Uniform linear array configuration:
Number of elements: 16
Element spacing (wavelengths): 0.25
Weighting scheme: hamming
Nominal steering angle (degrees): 60
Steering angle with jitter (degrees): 61.622
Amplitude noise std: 0.05
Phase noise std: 0.05

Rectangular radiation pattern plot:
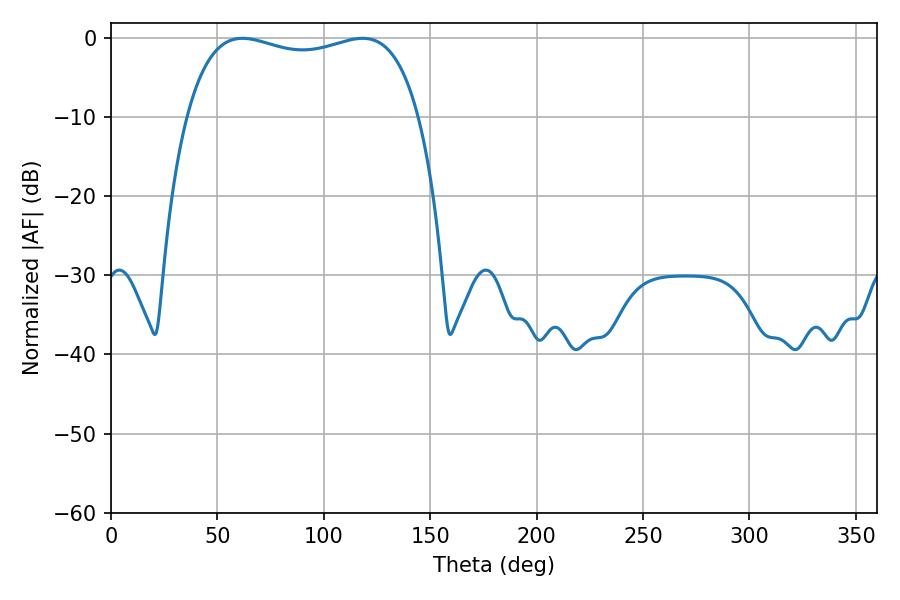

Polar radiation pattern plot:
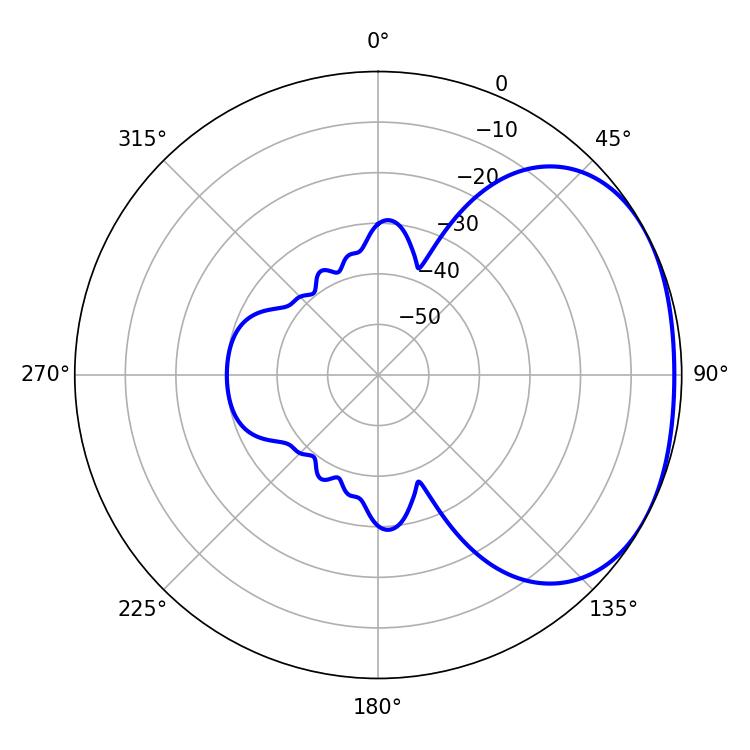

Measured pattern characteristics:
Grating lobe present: FALSE
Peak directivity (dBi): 2.06
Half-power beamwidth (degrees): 88.92
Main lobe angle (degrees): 61.74